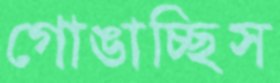
গোঙাচ্ছিস